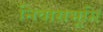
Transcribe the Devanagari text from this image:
निवासभूमि